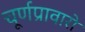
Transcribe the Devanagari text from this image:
चूर्णप्रावारो